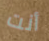
أنت